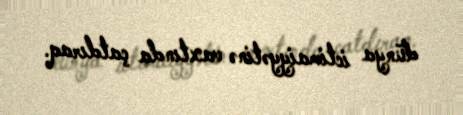
dünya ictimaiyyətinə vaxtında çatdıraq.